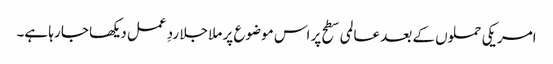
امریکی حملوں کے بعد عالمی سطح پر اس موضوع پر ملا جلا ردِ عمل دیکھا جا رہا ہے۔